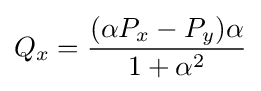
Q_{x}={\frac {(\alpha P_{x}-P_{y})\alpha }{1+\alpha ^{2}}}